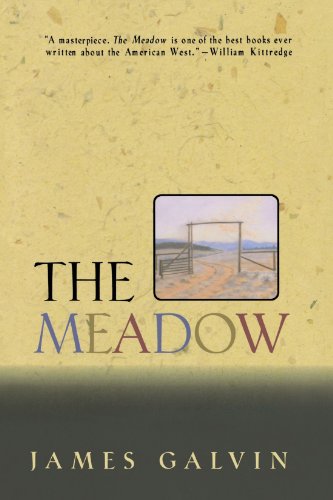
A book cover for The Meadow; James Galvin; Science & Math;